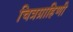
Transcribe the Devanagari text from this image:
चित्रग्राहिणी